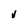
Character: v